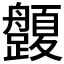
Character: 𱽅